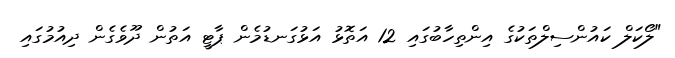
"ލޯކަލް ކައުންސިލްތަކުގެ އިންތިހާބުގައި 12 އަތޮޅު އަޅުގަނޑުމެން ޕާޓީ އަތުން ދޫވެގެން ދިއުމުގައި